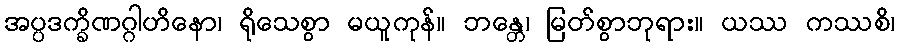
အပ္ပဒက္ခိဏဂ္ဂါဟိနော၊ ရိုသေစွာ မယူကုန်။ ဘန္တေ၊ မြတ်စွာဘုရား။ ယဿ ကဿစိ၊